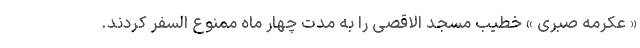
« عکرمه صبری » خطیب مسجد الاقصی را به مدت چهار ماه ممنوع السفر کردند.